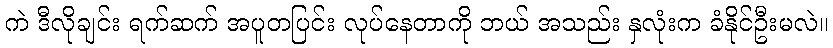
ကဲ ဒီလိုချင်း ရက်ဆက် အပူတပြင်း လုပ်နေတာကို ဘယ် အသည်း နှလုံးက ခံနိုင်ဦးမလဲ။